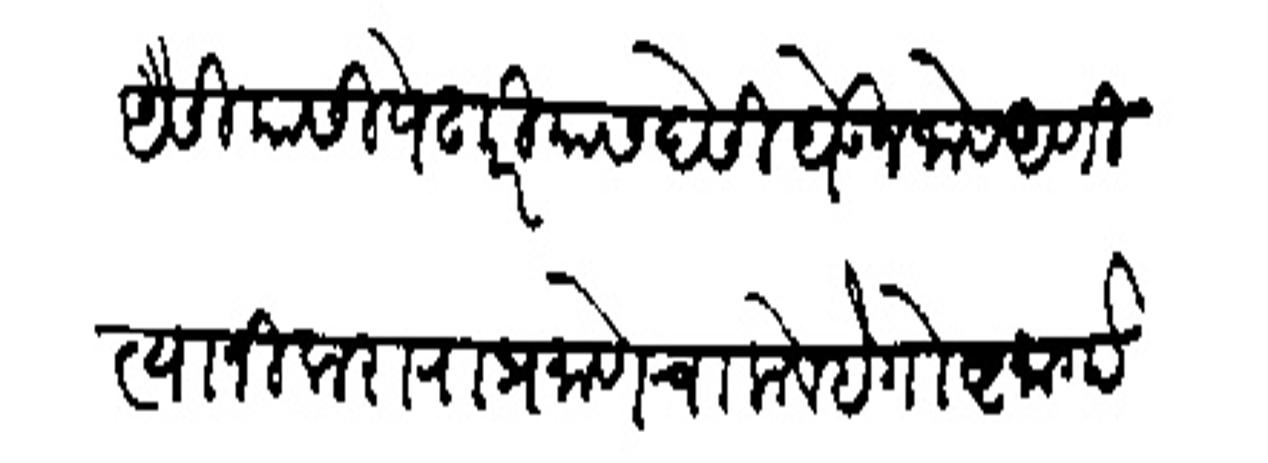
Transliteration (Devanagari): ऐसियासी पंढरी यास देसी घेऊन जावे आणि स्थानी कराराप्रमाणे चालावे हे गोष्ट मार्गाची